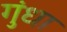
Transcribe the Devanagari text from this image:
गुंधा